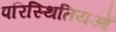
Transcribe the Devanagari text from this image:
परिस्थितियओं